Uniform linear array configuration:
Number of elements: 8
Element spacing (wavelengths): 1
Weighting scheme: blackman
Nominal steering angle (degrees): -45
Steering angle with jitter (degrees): -45.251
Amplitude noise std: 0.05
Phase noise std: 0.05

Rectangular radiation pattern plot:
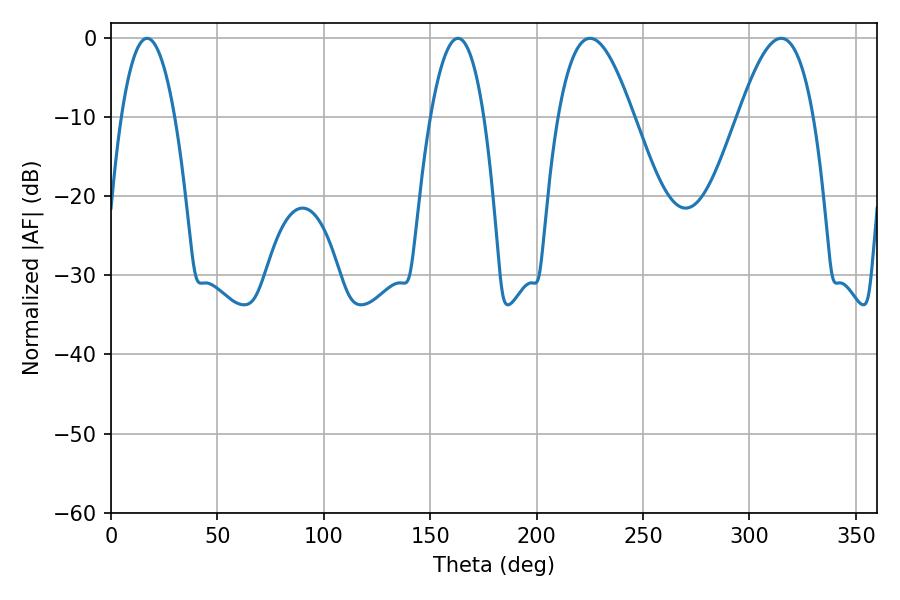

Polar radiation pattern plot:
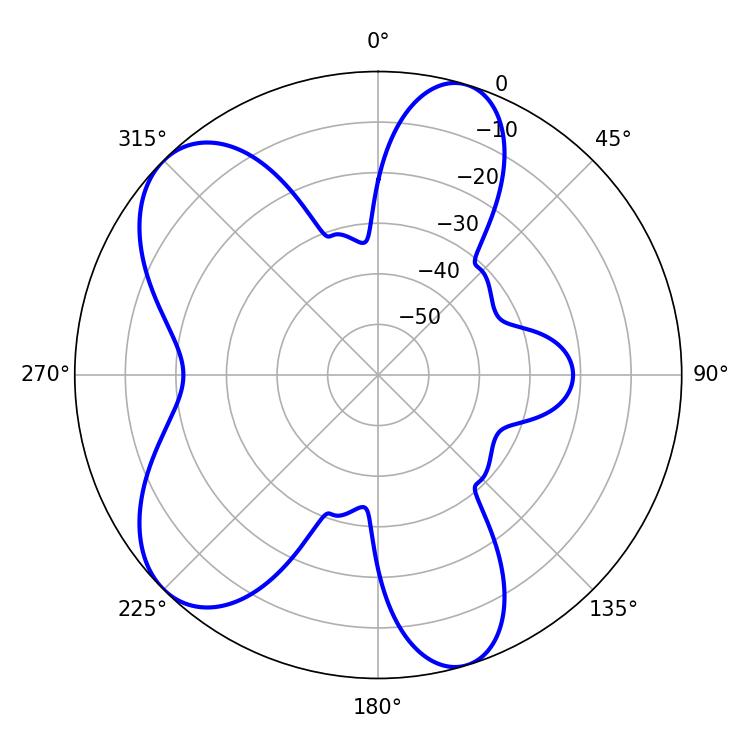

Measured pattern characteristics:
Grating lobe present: TRUE
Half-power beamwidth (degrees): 14.04
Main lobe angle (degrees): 16.92